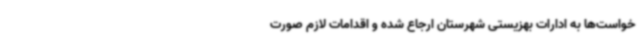
خواست‌ها به ادارات بهزیستی شهرستان ارجاع شده و اقدامات لازم صورت